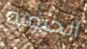
الحيويه